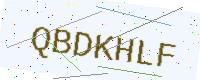
Text: QBDKHLF